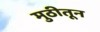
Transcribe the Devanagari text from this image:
मुठीतून